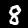
Digit: 8